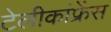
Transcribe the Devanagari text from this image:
टेलीकांफ्रेंस